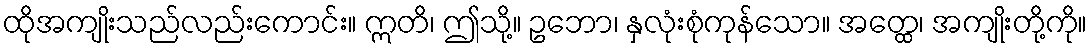
ထိုအကျိုးသည်လည်းကောင်း။ ဣတိ၊ ဤသို့။ ဥဘော၊ နှလုံးစုံကုန်သော။ အတ္ထေ၊ အကျိုးတို့ကို။